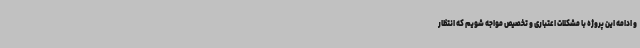
و ادامه این پروژه با مشکلات اعتباری و تخصیص مواجه شویم که انتظار